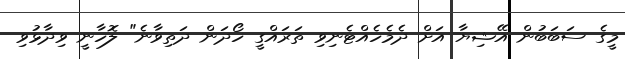
މީގެ ސަބަބުން އޭޝިޔާ އަށް ދެމެހެއްޓެނިވި ތަރައްގީ ހޯދަން ދަތިވާނެ" ލޮހާނީ ވިދާޅުވި